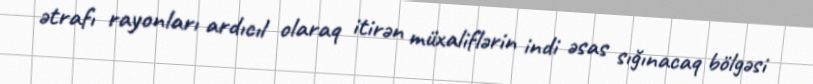
ətrafı rayonları ardıcıl olaraq itirən müxaliflərin indi əsas sığınacaq bölgəsi